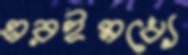
এরইমধ্যে